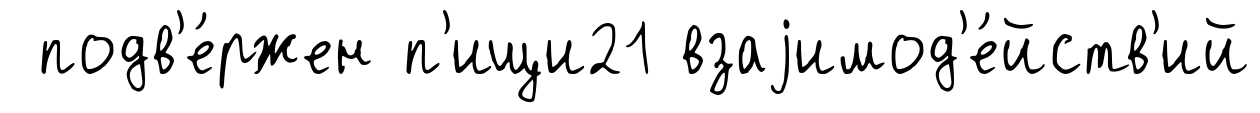
подв'е́ржен п'ищи21 взаjимод'е́йств'ий